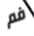
فم